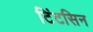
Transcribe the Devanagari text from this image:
टिंटसिन